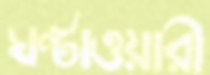
ঘণ্টাওয়ারী